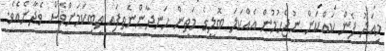
މިއަދު ފެން ކައްކަން ނުޖެހުމުން އެއްކަލަ ބޮލީގެ މަތިން ހަނދާންނެތިފައި ތިބިކަމަށްވެސް ވެދާނެއެވެ.